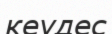
кеудес